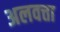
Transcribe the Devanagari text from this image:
अलवत्ता